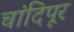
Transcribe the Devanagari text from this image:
चांदिपूर